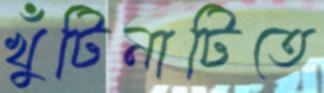
খুঁটিনাটিতে